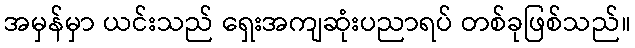
အမှန်မှာ ယင်းသည် ရှေးအကျဆုံးပညာရပ် တစ်ခုဖြစ်သည်။